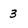
Character: 3